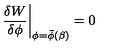
\left. { \frac { \delta W } { \delta \phi } } \right| _ { \phi = \bar { \phi } ( \beta ) } = 0